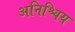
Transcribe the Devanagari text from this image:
अनिश्चिय